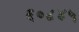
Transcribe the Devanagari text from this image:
६०८४५